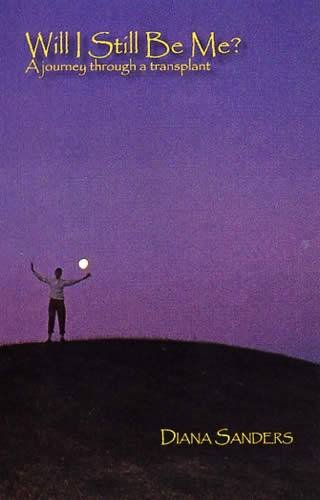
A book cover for Will I Still be Me?: A Journey Through a Transplant; Diana Sanders; Health, Fitness & Dieting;